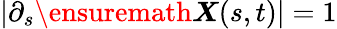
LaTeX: \vert\partial_{s}{\ensuremath\boldsymbol{X}}(s,t)\vert=1